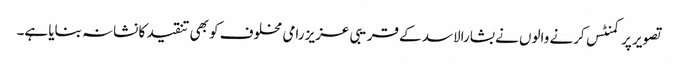
تصویر پر کمنٹس کرنے والوں نے بشارالاسد کے قریبی عزیز رامی مخلوف کو بھی تنقید کا نشانہ بنایا ہے۔